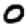
Digit: 0